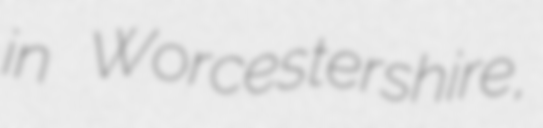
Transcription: in Worcestershire,